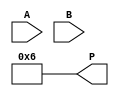
module array_multiplier #(parameter N = 4) (
    input  [N-1:0] A, // N-bit input A
    input  [N-1:0] B, // N-bit input B
    output reg [2*N-1:0] P // 2N-bit output product
);

    wire [N-1:0] partial_products[N-1:0];

    // Generate partial products using AND gates
    genvar i, j;
    generate
        for (i = 0; i < N; i = i + 1) begin : partial_product_generation
            for (j = 0; j < N; j = j + 1) begin : and_gate
                assign partial_products[i][j] = A[j] & B[i]; // AND gates
            end
        end
    endgenerate

    // Define a register to hold the shifted partial products
    reg [2*N-1:0] shifted_partial_products[N-1:0];
    integer k;
    always @(*) begin
        // Shift and convert partial products to aligned sums
        for (k = 0; k < N; k = k + 1) begin
            shifted_partial_products[k] = {partial_products[k], k}; // Shift left by k bits
        end

        // Initialize product output to 0
        P = 0;

        // Sum shifted partial products to get the final product
        for (k = 0; k < N; k = k + 1) begin
            P = P + shifted_partial_products[k];
        end
    end

endmodule